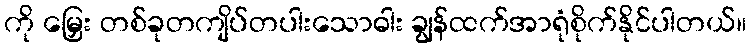
ကို မြှေး တစ်ခုတကျိပ်တပါးသောဓါး ချွန်ထက်အာရုံစိုက်နိုင်ပါတယ်။